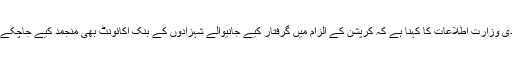
سعودی وزارت اطلاعات کا کہنا ہے کہ کرپشن کے الزام میں گرفتار کیے جانیوالے شہزادوں کے بنک اکائونٹ بھی منجمد کیے جاچکے ہیں ۔